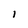
Character: 1